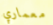
معماري